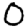
Digit: 0